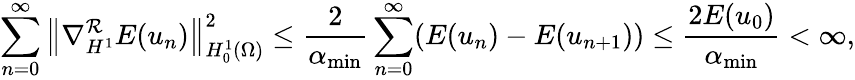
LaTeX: \sum_{n=0}^{\infty}\left\Vert\nabla_{H^{1}}^{\mathcal{R}}E(u_{n})\right\Vert_{H_{0}^{1}(\Omega)}^{2}\leq\frac{2}{\alpha_{\operatorname*{min}}}\sum_{n=0}^{\infty}(E(u_{n})-E(u_{n+1}))\leq\frac{2E(u_{0})}{\alpha_{\operatorname*{min}}}<\infty,